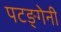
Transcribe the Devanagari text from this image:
पटङ्गेनी